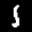
Label: 1